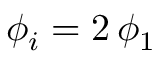
\phi _ { i } = 2 \, \phi _ { 1 }